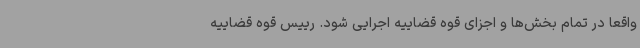
واقعا در تمام بخش‌ها و اجزای قوه قضاییه اجرایی شود. رییس قوه قضاییه